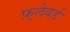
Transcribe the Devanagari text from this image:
फ़्लेवर्ड